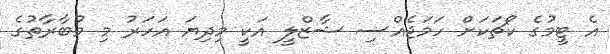
އެ ޓީމުގެ ކޯޗަކަށް ހަމަޖެއްސި ޝާޒްލީ އަކީ މިދިޔަ އަހަރު މި މުބާރާތުގެ